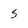
Character: 5